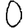
Digit: 0